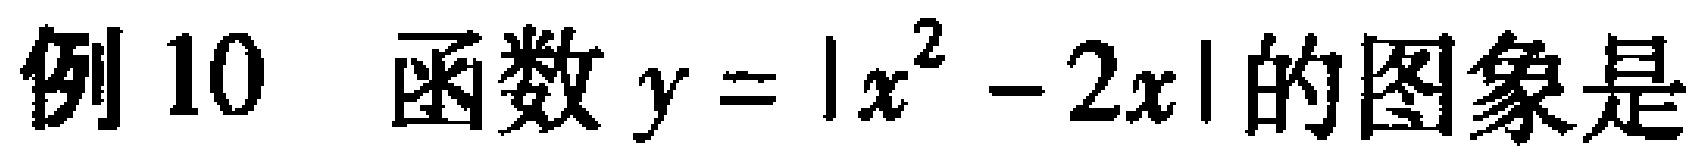
例10 函数\(y = |x^{2} - 2x|\)的图象是